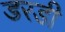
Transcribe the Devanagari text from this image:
डरडी